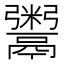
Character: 鬻